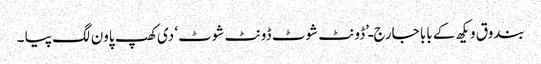
بندوق ویکھ کے بابا جارج ـ’ڈونٹ شوٹ ڈونٹ شوٹ‘ دی کھپ پاون لگ پیا ۔